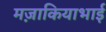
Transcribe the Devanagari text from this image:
मज़ाकियाभाई